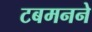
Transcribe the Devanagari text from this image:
टबमनने